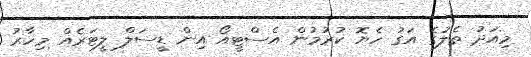
މިއަދު ތެލުގެ އަގު ހެޔޮ ކުރުމުން އެސްޓީއޯ އިން ޑީސަލް ލީޓަރެއް މިހާރު